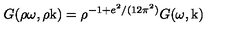
G ( \rho \omega , \rho \mathrm { \boldmath k } ) = \rho ^ { - 1 + e ^ { 2 } / ( 1 2 \pi ^ { 2 } ) } G ( \omega , \mathrm { \boldmath k } )